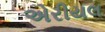
એરીયલ